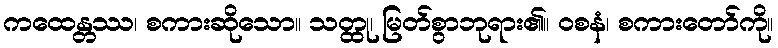
ကထေန္တဿ၊ စကားဆိုသော။ သတ္ထု၊ မြတ်စွာဘုရား၏။ ဝစနံ၊ စကားတော်ကို။